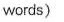
words)